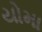
યોમા